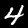
Label: 4